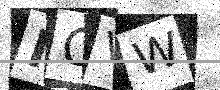
Text: ICVW